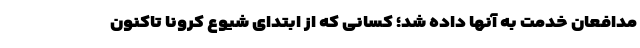
مدافعان خدمت به آنها داده شد؛ کسانی که از ابتدای شیوع کرونا تاکنون